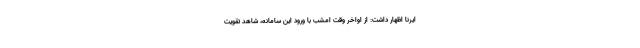
ایرنا اظهار داشت: از اواخر وقت امشب با ورود این سامانه، شاهد تقویت